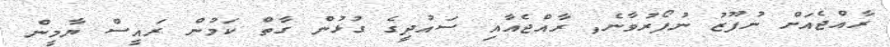
ރާއްޖެއަށް ނުފޫޒު ނުފޯރުވާނެ